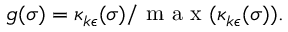
g ( \sigma ) = \kappa _ { k \epsilon } ( \sigma ) / \mathrm { ~ m ~ a ~ x ~ } ( \kappa _ { k \epsilon } ( \sigma ) ) .